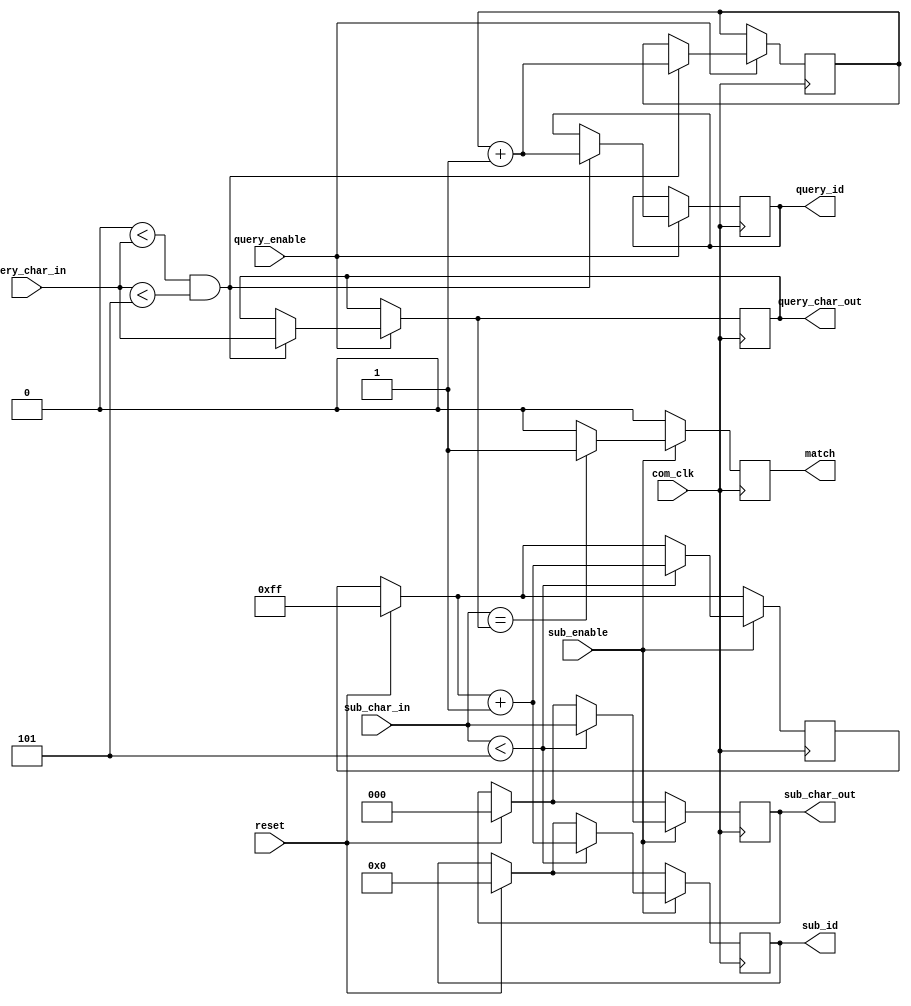
`timescale 1ns / 1ps
//////////////////////////////////////////////////////////////////////////////////
// Company: 
// Engineer: 
// 
// Design Name: 
// Module Name:    array_component
// Project Name: 
// Target Devices: 
// Tool versions: 
// Description: 
//
// Dependencies: 
//
// Revision: 
// Revision 0.01 - File Created
// Additional Comments: 
//
//////////////////////////////////////////////////////////////////////////////////
module array_component(query_char_in, query_char_out, sub_char_in, sub_char_out, com_clk, query_enable, sub_enable, match, query_id, sub_id, reset);
localparam
A = 3'b001,        //nucleotide "A"
G = 3'b010,        //nucleotide "G"
T = 3'b011,        //nucleotide "T"
C = 3'b100,        //nucleotide "C"
N = 3'b101;        //nucleotide "N"

parameter LENGTH_CHAR = 3;
parameter LENGTH_COUNTER =8;
parameter LENGTH = 6;
parameter LENGTH_ADDRESS = 16;
input com_clk, query_enable, sub_enable;
input [LENGTH_CHAR-1:0] query_char_in, sub_char_in;
input reset;
output reg match;
output reg [LENGTH_CHAR-1:0] query_char_out, sub_char_out;
output reg [LENGTH_COUNTER-1:0] query_id, sub_id;
reg [LENGTH_COUNTER-1:0] q_id = 8'b11111111, s_id = 8'b11111111;




always @(posedge com_clk)
begin
	if (reset == 1)
		begin
			match = 0;
			sub_char_out = 0;
			sub_id = 0;
			s_id = 8'b11111111;
		end
		
	match =0;		
	if (query_enable == 1)
			if ((3'b000<query_char_in) && (query_char_in<3'b101))
			begin
				query_char_out=query_char_in;
				q_id=q_id+1;
				query_id=q_id;
			end
			
	if (sub_enable == 1)
		begin
			if ((sub_char_in<3'b101))
				begin					
					sub_char_out=sub_char_in;
					s_id=s_id+1;
					sub_id=s_id;
				end
			if ((sub_char_in == query_char_out)) match =1;
			else match =0;
		end
end
	 
endmodule